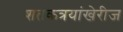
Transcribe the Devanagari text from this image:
शतकत्रयांखेरीज